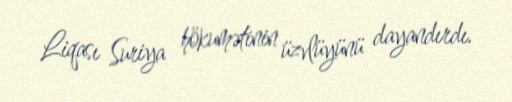
Liqası Suriya hökumətinin üzvlüyünü dayandırdı.